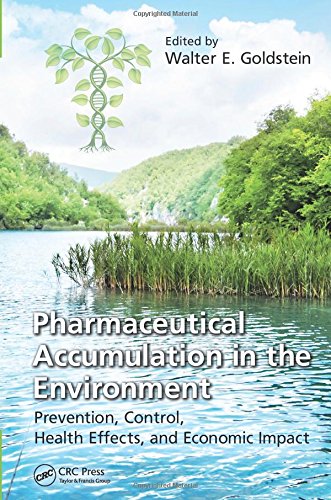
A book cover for Pharmaceutical Accumulation in the Environment: Prevention, Control, Health Effects, and Economic Impact; Medical Books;